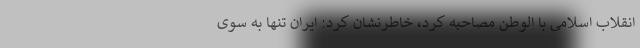
انقلاب اسلامی با الوطن مصاحبه کرد، خاطرنشان کرد: ایران تنها به سوی